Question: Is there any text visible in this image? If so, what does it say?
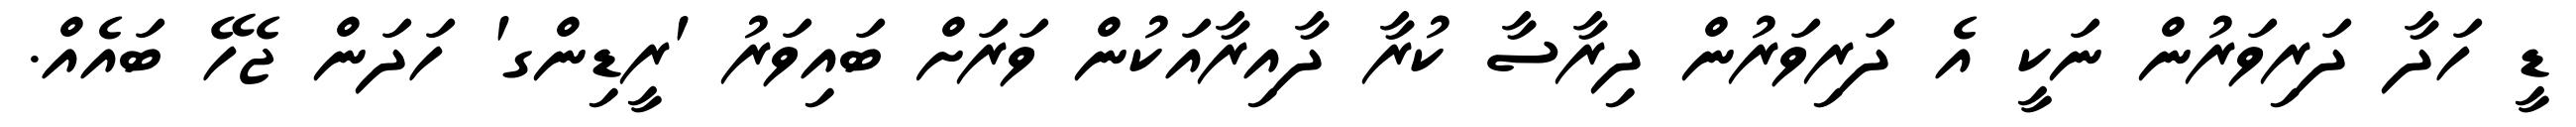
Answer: ޑީ ހަދާ ދަރިވަރުން ނަކީ އެ ދަރިވަރުން ދިރާސާ ކުރާ ދާއިރާއަކުން ވަރަށް ބައިވަރު 'ރީޑިންގ' ހަދަން ޖެހޭ ބައެއް.